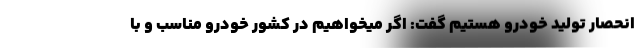
انحصار تولید خودرو هستیم گفت: اگر میخواهیم در کشور خودرو مناسب و با